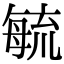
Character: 毓